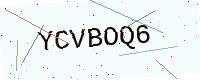
Text: YCVBOQ6